Indian journal of veterinary science and animal husbandry - Volume 5,
Year: 1935
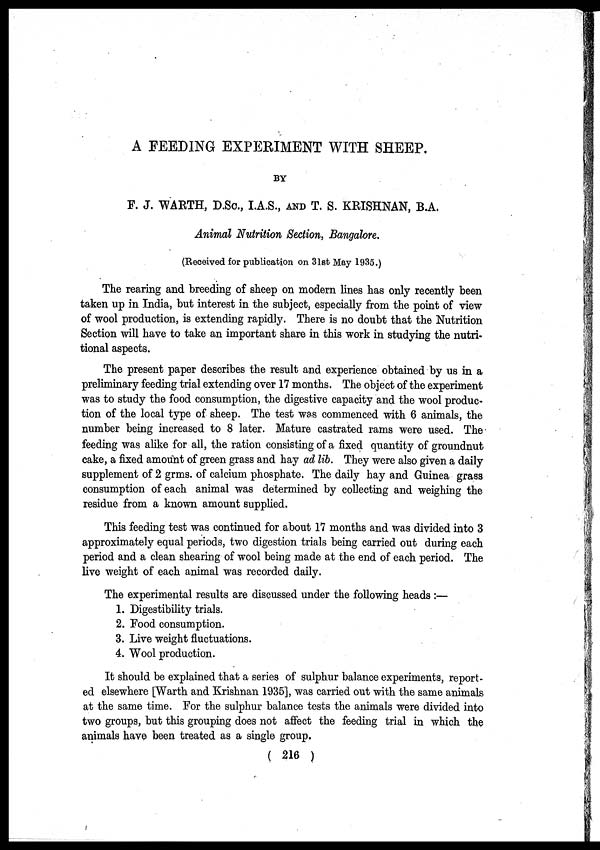
A FEEDING EXPERIMENT WITH SHEEP.
BY
F. J. WARTH, D.Sc., I.A.S., AND T. S. KRISHNAN, B.A.
Animal Nutrition Section, Bangalore.
(Received for publication on 31st May 1935.)
The rearing and breeding of sheep on modern lines has only recently been
taken up in India, but interest in the subject, especially from the point of view
of wool production, is extending rapidly. There is no doubt that the Nutrition
Section will have to take an important share in this work in studying the nutri-
tional aspects.
The present paper describes the result and experience obtained by us in a
preliminary feeding trial extending over 17 months. The object of the experiment
was to study the food consumption, the digestive capacity and the wool produc-
tion of the local type of sheep. The test was commenced with 6 animals, the
number being increased to 8 later. Mature castrated rams were used. The
feeding was alike for all, the ration consisting of a fixed quantity of groundnut
cake, a fixed amount of green grass and hay ad lib. They were also given a daily
supplement of 2 grms. of calcium phosphate. The daily hay and Guinea grass
consumption of each animal was determined by collecting and weighing the
residue from a known amount supplied.
This feeding test was continued for about 17 months and was divided into 3
approximately equal periods, two digestion trials being carried out during each
period and a clean shearing of wool being made at the end of each period. The
live weight of each animal was recorded daily.
The experimental results are discussed under the following heads :—
1. Digestibility trials.
2. Food consumption.
3. Live weight fluctuations.
4. Wool production.
It should be explained that a series of sulphur balance experiments, report-
ed elsewhere [Warth and Krishnan 1935], was carried out with the same animals
at the same time. For the sulphur balance tests the animals were divided into
two groups, but this grouping does not affect the feeding trial in which the
animals have been treated as a single group.
( 216 )